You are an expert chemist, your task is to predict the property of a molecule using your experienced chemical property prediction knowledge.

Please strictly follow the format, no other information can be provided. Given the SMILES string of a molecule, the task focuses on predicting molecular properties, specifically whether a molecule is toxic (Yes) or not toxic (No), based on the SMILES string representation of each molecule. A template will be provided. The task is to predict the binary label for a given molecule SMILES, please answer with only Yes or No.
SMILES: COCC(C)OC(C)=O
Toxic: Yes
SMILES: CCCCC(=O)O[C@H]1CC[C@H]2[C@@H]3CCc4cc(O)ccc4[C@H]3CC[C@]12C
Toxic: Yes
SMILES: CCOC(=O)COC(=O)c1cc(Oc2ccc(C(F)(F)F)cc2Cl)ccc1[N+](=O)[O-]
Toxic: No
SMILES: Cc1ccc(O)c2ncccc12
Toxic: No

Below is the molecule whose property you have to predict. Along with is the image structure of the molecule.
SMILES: CC1=CC[C@H]2C[C@@H]1C2(C)C
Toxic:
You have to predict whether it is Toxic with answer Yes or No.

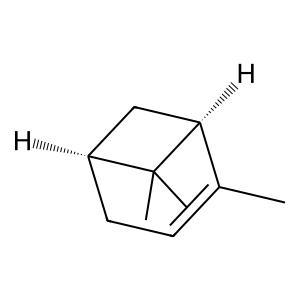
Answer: No